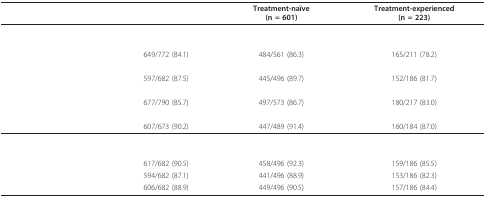
<table><thead><tr><td>[EMPTY_CELL]</td><td>[EMPTY_CELL]</td><td><b>Treatment-naïve(n = 601)</b></td><td><b>Treatment-experienced(n = 223)</b></td></tr></thead><tbody><tr><td colspan="4">[EMPTY_CELL]</td></tr><tr><td colspan="4">[EMPTY_CELL]</td></tr><tr><td>[EMPTY_CELL]</td><td>649/772 (84.1)</td><td>484/561 (86.3)</td><td>165/211 (78.2)</td></tr><tr><td colspan="4">[EMPTY_CELL]</td></tr><tr><td>[EMPTY_CELL]</td><td>597/682 (87.5)</td><td>445/496 (89.7)</td><td>152/186 (81.7)</td></tr><tr><td colspan="4">[EMPTY_CELL]</td></tr><tr><td>[EMPTY_CELL]</td><td>677/790 (85.7)</td><td>497/573 (86.7)</td><td>180/217 (83.0)</td></tr><tr><td colspan="4">[EMPTY_CELL]</td></tr><tr><td>[EMPTY_CELL]</td><td>607/673 (90.2)</td><td>447/489 (91.4)</td><td>160/184 (87.0)</td></tr><tr><td colspan="4">[EMPTY_CELL]</td></tr><tr><td colspan="4">[EMPTY_CELL]</td></tr><tr><td>[EMPTY_CELL]</td><td>617/682 (90.5)</td><td>458/496 (92.3)</td><td>159/186 (85.5)</td></tr><tr><td>[EMPTY_CELL]</td><td>594/682 (87.1)</td><td>441/496 (88.9)</td><td>153/186 (82.3)</td></tr><tr><td>[EMPTY_CELL]</td><td>606/682 (88.9)</td><td>449/496 (90.5)</td><td>157/186 (84.4)</td></tr></tbody></table>